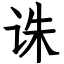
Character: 诛